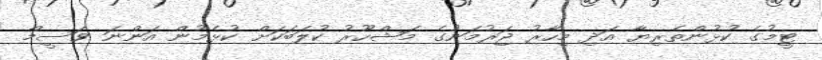
ޓީމުގެ ކުޅުންތެރިޔާ އަދި މިހާރު ޖަރުމަނުގެ މަޝްހޫރު ކުލަބަކަށް ކުޅެމުން އަންނަ ވަސީމް